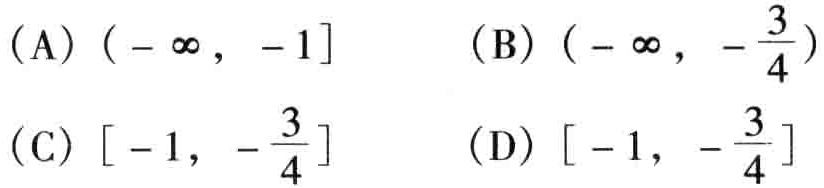
(A) \((-\infty, -1]\)  (B) \((-\infty, -\frac{3}{4})\)

(C) \([-1, -\frac{3}{4}]\)  (D) \([-1, -\frac{3}{4}]\)